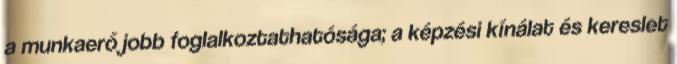
a munkaerő jobb foglalkoztathatósága; a képzési kínálat és kereslet